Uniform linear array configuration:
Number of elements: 64
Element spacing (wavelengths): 1
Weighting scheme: cosine
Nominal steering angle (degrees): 30
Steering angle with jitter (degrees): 29.812
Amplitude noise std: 0.05
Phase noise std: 0.05

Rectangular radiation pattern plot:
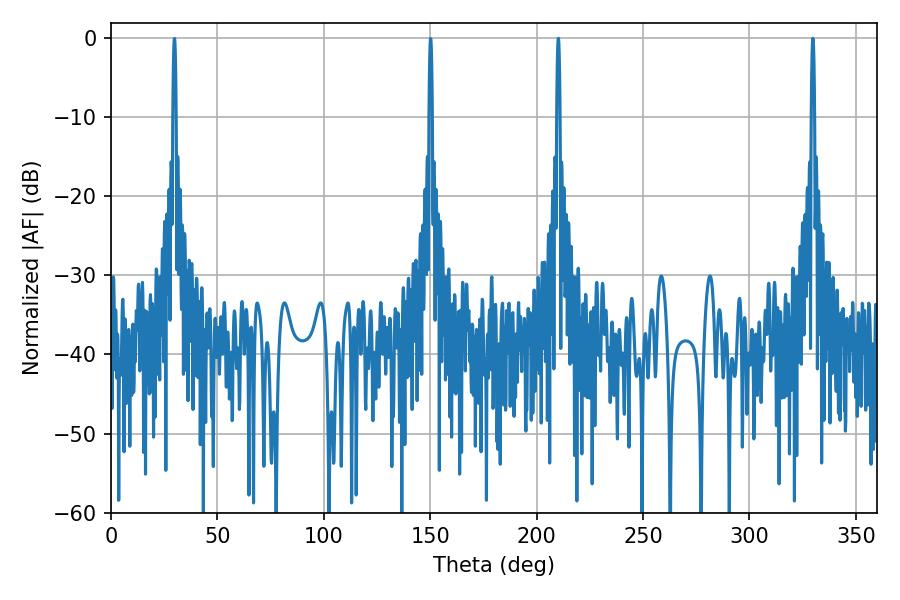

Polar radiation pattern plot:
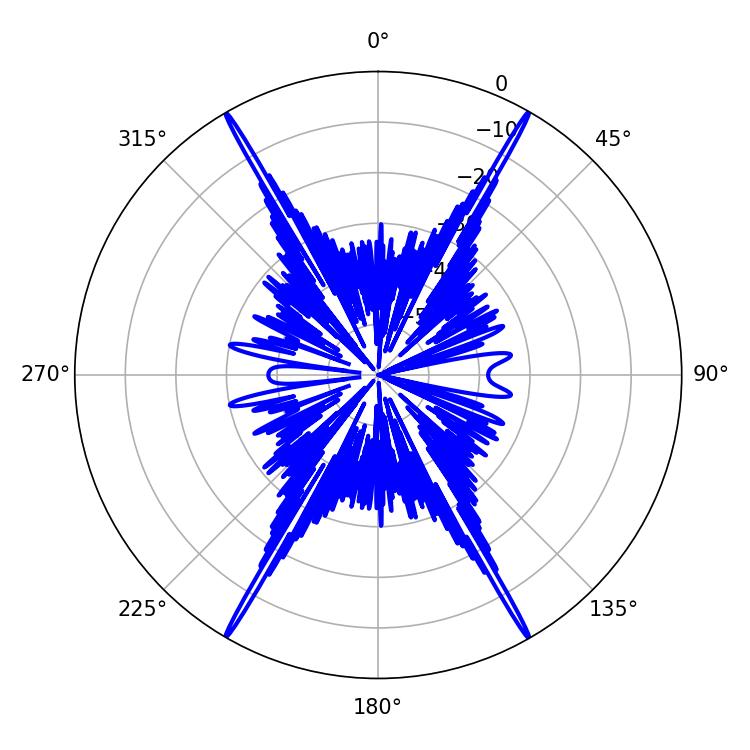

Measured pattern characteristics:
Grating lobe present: TRUE
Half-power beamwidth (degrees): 0.72
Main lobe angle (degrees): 210.24